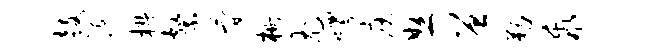
鼓涎椒系简栅尤帽庾怒曾勒乖